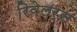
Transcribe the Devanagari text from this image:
रिवेलर्स